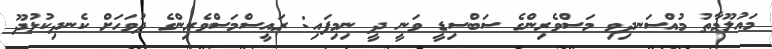
މައުލޫމާތު މުއްސަނދިވި މަސްވެރިންގެ ސަބްސިޑީ ވަނީ ދީ ނިމިފައި: ރައީސްމަސްވެރިންގެ ދުވަހަށް ކެނދިކުޅުދޫ